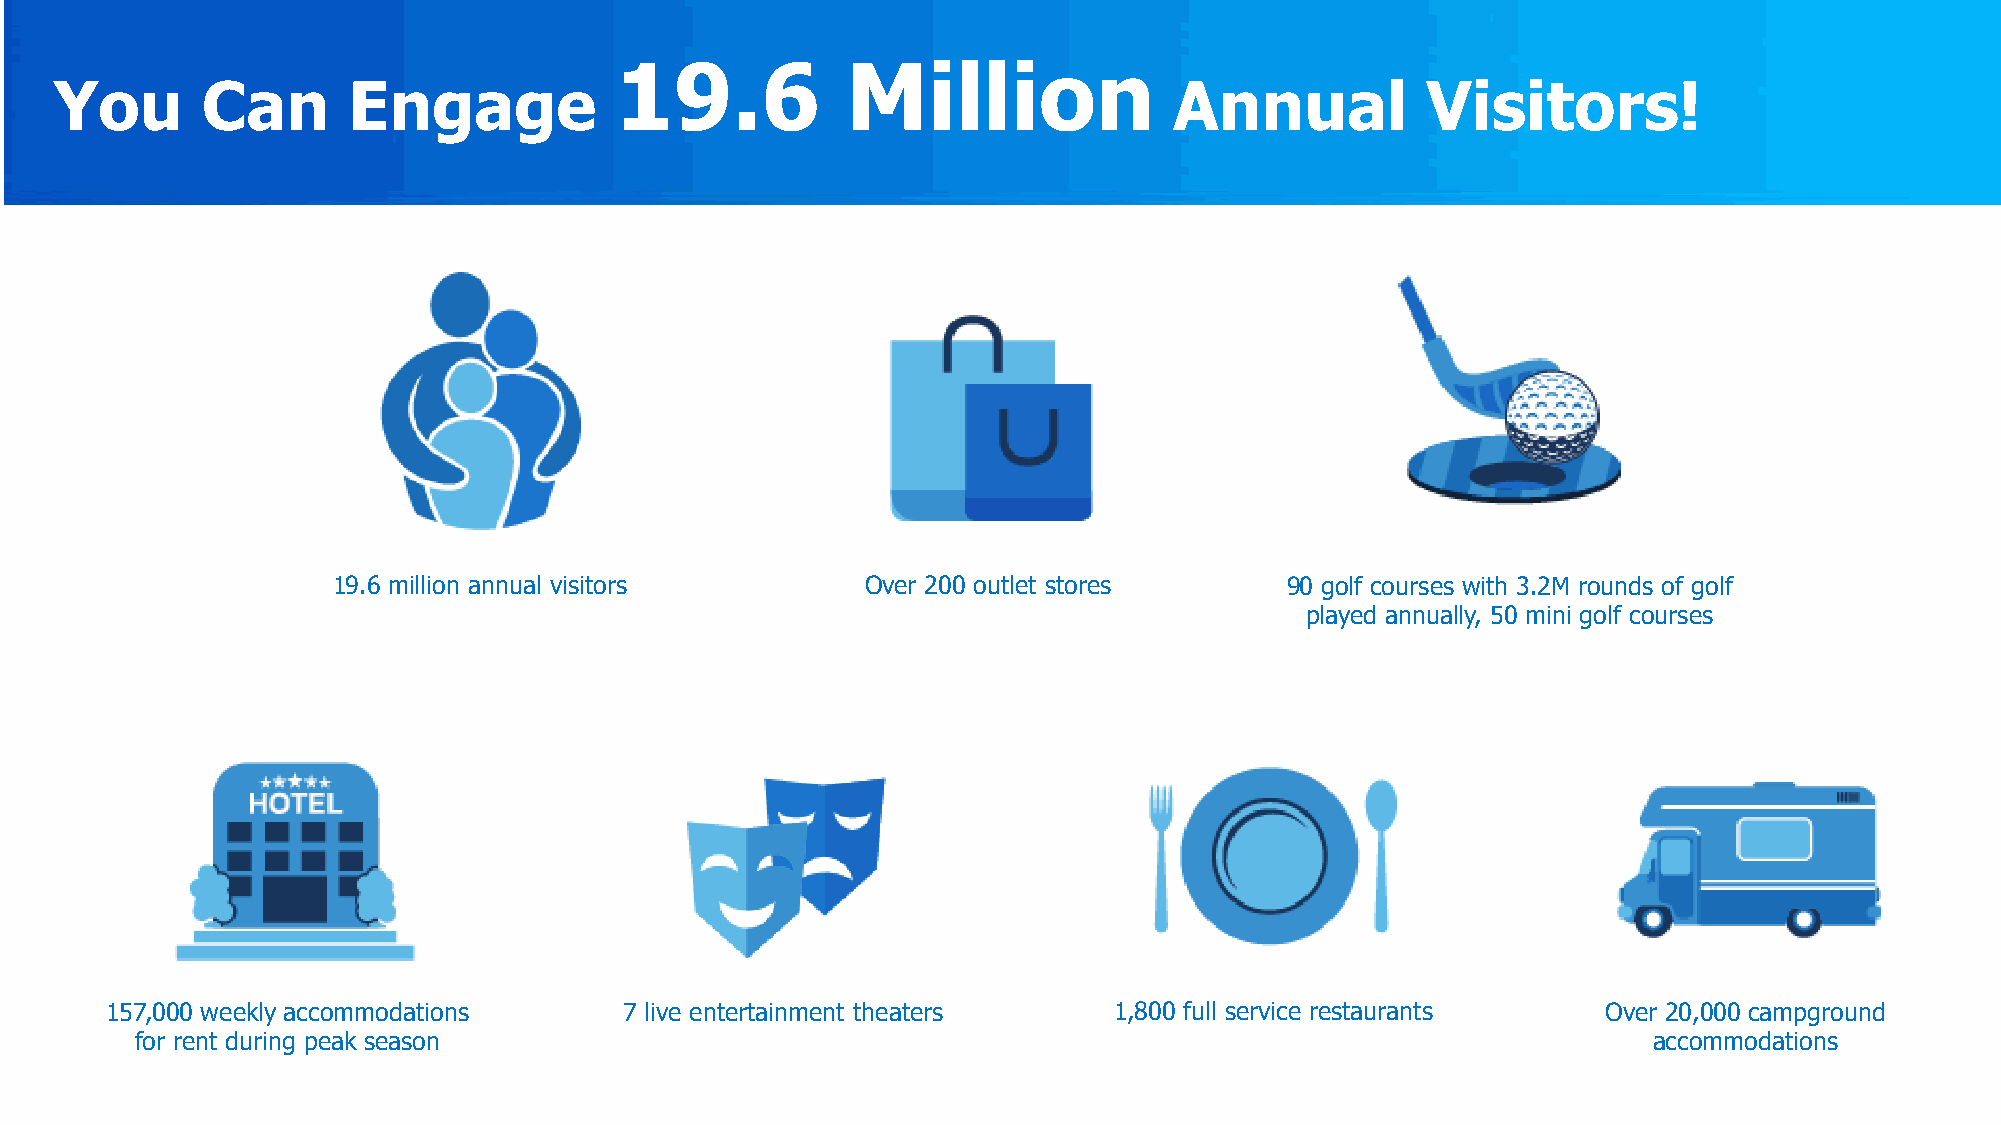
19.6           Million
 You      Can       Engage                                                 Annual          Visitors!
 19.6 million annual visitors       Over 200 outlet stores      90 golf courses with 3.2M rounds of golf
 played annually, 50 mini golf courses
 157,000 weekly accommodations     7 live entertainment theaters    1,800 full service restaurants  Over 20,000 campground
 for rent during peak season                                                                         accommodations